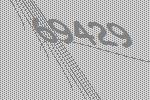
69429